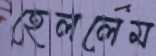
হেললেম